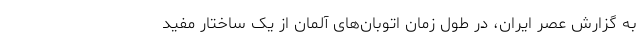
به گزارش عصر ایران، در طول زمان اتوبان‌های آلمان از یک ساختار مفید